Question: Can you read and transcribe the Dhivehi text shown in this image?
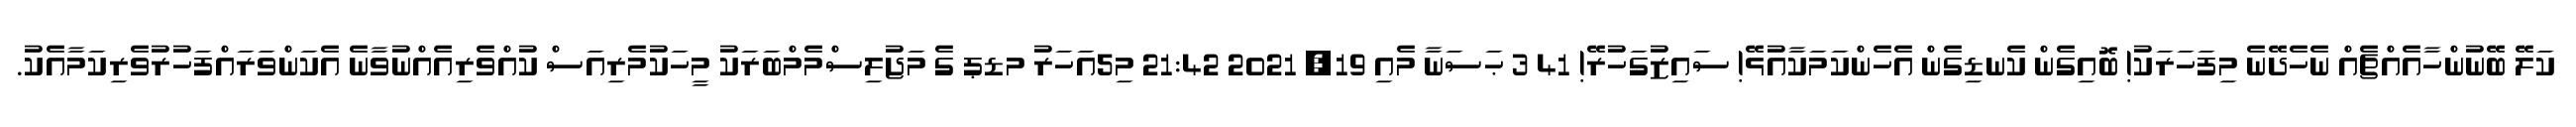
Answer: ކަލޭ ބޭނުންހާއެއްޗެއް ނެހެދޭނެ މިފަހަރަކު! ބޮއިގެން ކެނޑިގެން އެހެންކަމަކާއުޅޭ! ސައިޒުގަހުރޭ! 41 3 ޙަސަނާ މެއި 19, 2021 21:42 މި5އަހަރު މޑޕ ގެ މަޖުލިސްމެމްބަރަކު މީހަކުމެރިއަސް ކުއްވެރިއެއްނުވާނެ އެކަންވަރައްފަހުރުވެރިކަމާއެކު.